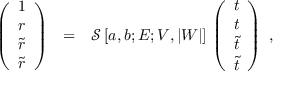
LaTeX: \begin{array} { c c l } { { \left( \begin{array} { c } { { 1 } } \\ { { r } } \\ { { \tilde { r } } } \\ { { \tilde { r } } } \end{array} \right) } } & { { = } } & { { \mathcal { S } \, [ a , b ; E ; V , | W | ] \, \left( \begin{array} { c } { { t } } \\ { { t } } \\ { { \tilde { t } } } \\ { { \tilde { t } } } \end{array} \right) ~ , } } \end{array}